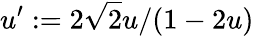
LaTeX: u^{\prime}:=2\sqrt{2}u/(1-2u)